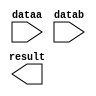
// megafunction wizard: %LPM_MULT%VBB%
// GENERATION: STANDARD
// VERSION: WM1.0
// MODULE: lpm_mult 

// ============================================================
// Megafunction Name(s):
// 			lpm_mult
//
// Simulation Library Files(s):
// 			lpm
// ============================================================
// ************************************************************
// THIS IS A WIZARD-GENERATED FILE. DO NOT EDIT THIS FILE!
//
// 13.0.0 Build 156 04/24/2013 SJ Web Edition
// ************************************************************

//Copyright (C) 1991-2013 Altera Corporation
//Your use of Altera Corporation's design tools, logic functions 
//and other software and tools, and its AMPP partner logic 
//functions, and any output files from any of the foregoing 
//(including device programming or simulation files), and any 
//associated documentation or information are expressly subject 
//to the terms and conditions of the Altera Program License 
//Subscription Agreement, Altera MegaCore Function License 
//Agreement, or other applicable license agreement, including, 
//without limitation, that your use is for the sole purpose of 
//programming logic devices manufactured by Altera and sold by 
//Altera or its authorized distributors.  Please refer to the 
//applicable agreement for further details.

module mult16 (
	dataa,
	datab,
	result);

	input	[15:0]  dataa;
	input	[15:0]  datab;
	output	[31:0]  result;

endmodule

// ============================================================
// CNX file retrieval info
// ============================================================
// Retrieval info: PRIVATE: AutoSizeResult NUMERIC "1"
// Retrieval info: PRIVATE: B_isConstant NUMERIC "0"
// Retrieval info: PRIVATE: ConstantB NUMERIC "0"
// Retrieval info: PRIVATE: INTENDED_DEVICE_FAMILY STRING "Cyclone II"
// Retrieval info: PRIVATE: LPM_PIPELINE NUMERIC "0"
// Retrieval info: PRIVATE: Latency NUMERIC "0"
// Retrieval info: PRIVATE: SYNTH_WRAPPER_GEN_POSTFIX STRING "0"
// Retrieval info: PRIVATE: SignedMult NUMERIC "0"
// Retrieval info: PRIVATE: USE_MULT NUMERIC "1"
// Retrieval info: PRIVATE: ValidConstant NUMERIC "0"
// Retrieval info: PRIVATE: WidthA NUMERIC "16"
// Retrieval info: PRIVATE: WidthB NUMERIC "16"
// Retrieval info: PRIVATE: WidthP NUMERIC "32"
// Retrieval info: PRIVATE: aclr NUMERIC "0"
// Retrieval info: PRIVATE: clken NUMERIC "0"
// Retrieval info: PRIVATE: new_diagram STRING "1"
// Retrieval info: PRIVATE: optimize NUMERIC "0"
// Retrieval info: LIBRARY: lpm lpm.lpm_components.all
// Retrieval info: CONSTANT: LPM_HINT STRING "DEDICATED_MULTIPLIER_CIRCUITRY=YES,MAXIMIZE_SPEED=5"
// Retrieval info: CONSTANT: LPM_REPRESENTATION STRING "UNSIGNED"
// Retrieval info: CONSTANT: LPM_TYPE STRING "LPM_MULT"
// Retrieval info: CONSTANT: LPM_WIDTHA NUMERIC "16"
// Retrieval info: CONSTANT: LPM_WIDTHB NUMERIC "16"
// Retrieval info: CONSTANT: LPM_WIDTHP NUMERIC "32"
// Retrieval info: USED_PORT: dataa 0 0 16 0 INPUT NODEFVAL "dataa[15..0]"
// Retrieval info: USED_PORT: datab 0 0 16 0 INPUT NODEFVAL "datab[15..0]"
// Retrieval info: USED_PORT: result 0 0 32 0 OUTPUT NODEFVAL "result[31..0]"
// Retrieval info: CONNECT: @dataa 0 0 16 0 dataa 0 0 16 0
// Retrieval info: CONNECT: @datab 0 0 16 0 datab 0 0 16 0
// Retrieval info: CONNECT: result 0 0 32 0 @result 0 0 32 0
// Retrieval info: GEN_FILE: TYPE_NORMAL mult16.v TRUE
// Retrieval info: GEN_FILE: TYPE_NORMAL mult16.inc FALSE
// Retrieval info: GEN_FILE: TYPE_NORMAL mult16.cmp FALSE
// Retrieval info: GEN_FILE: TYPE_NORMAL mult16.bsf FALSE
// Retrieval info: GEN_FILE: TYPE_NORMAL mult16_inst.v FALSE
// Retrieval info: GEN_FILE: TYPE_NORMAL mult16_bb.v TRUE
// Retrieval info: LIB_FILE: lpm